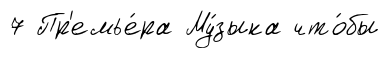
7 Пр'емье́ра Му́зыка что́бы